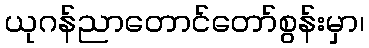
ယုဂန်ညာတောင်တော်စွန်းမှာ၊